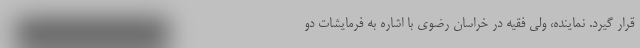
قرار گیرد. نماینده، ولی فقیه در خراسان رضوی با اشاره به فرمایشات دو